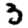
Digit: 3